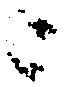
ニ